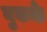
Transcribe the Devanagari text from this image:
बुकके